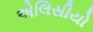
એલિસીયો